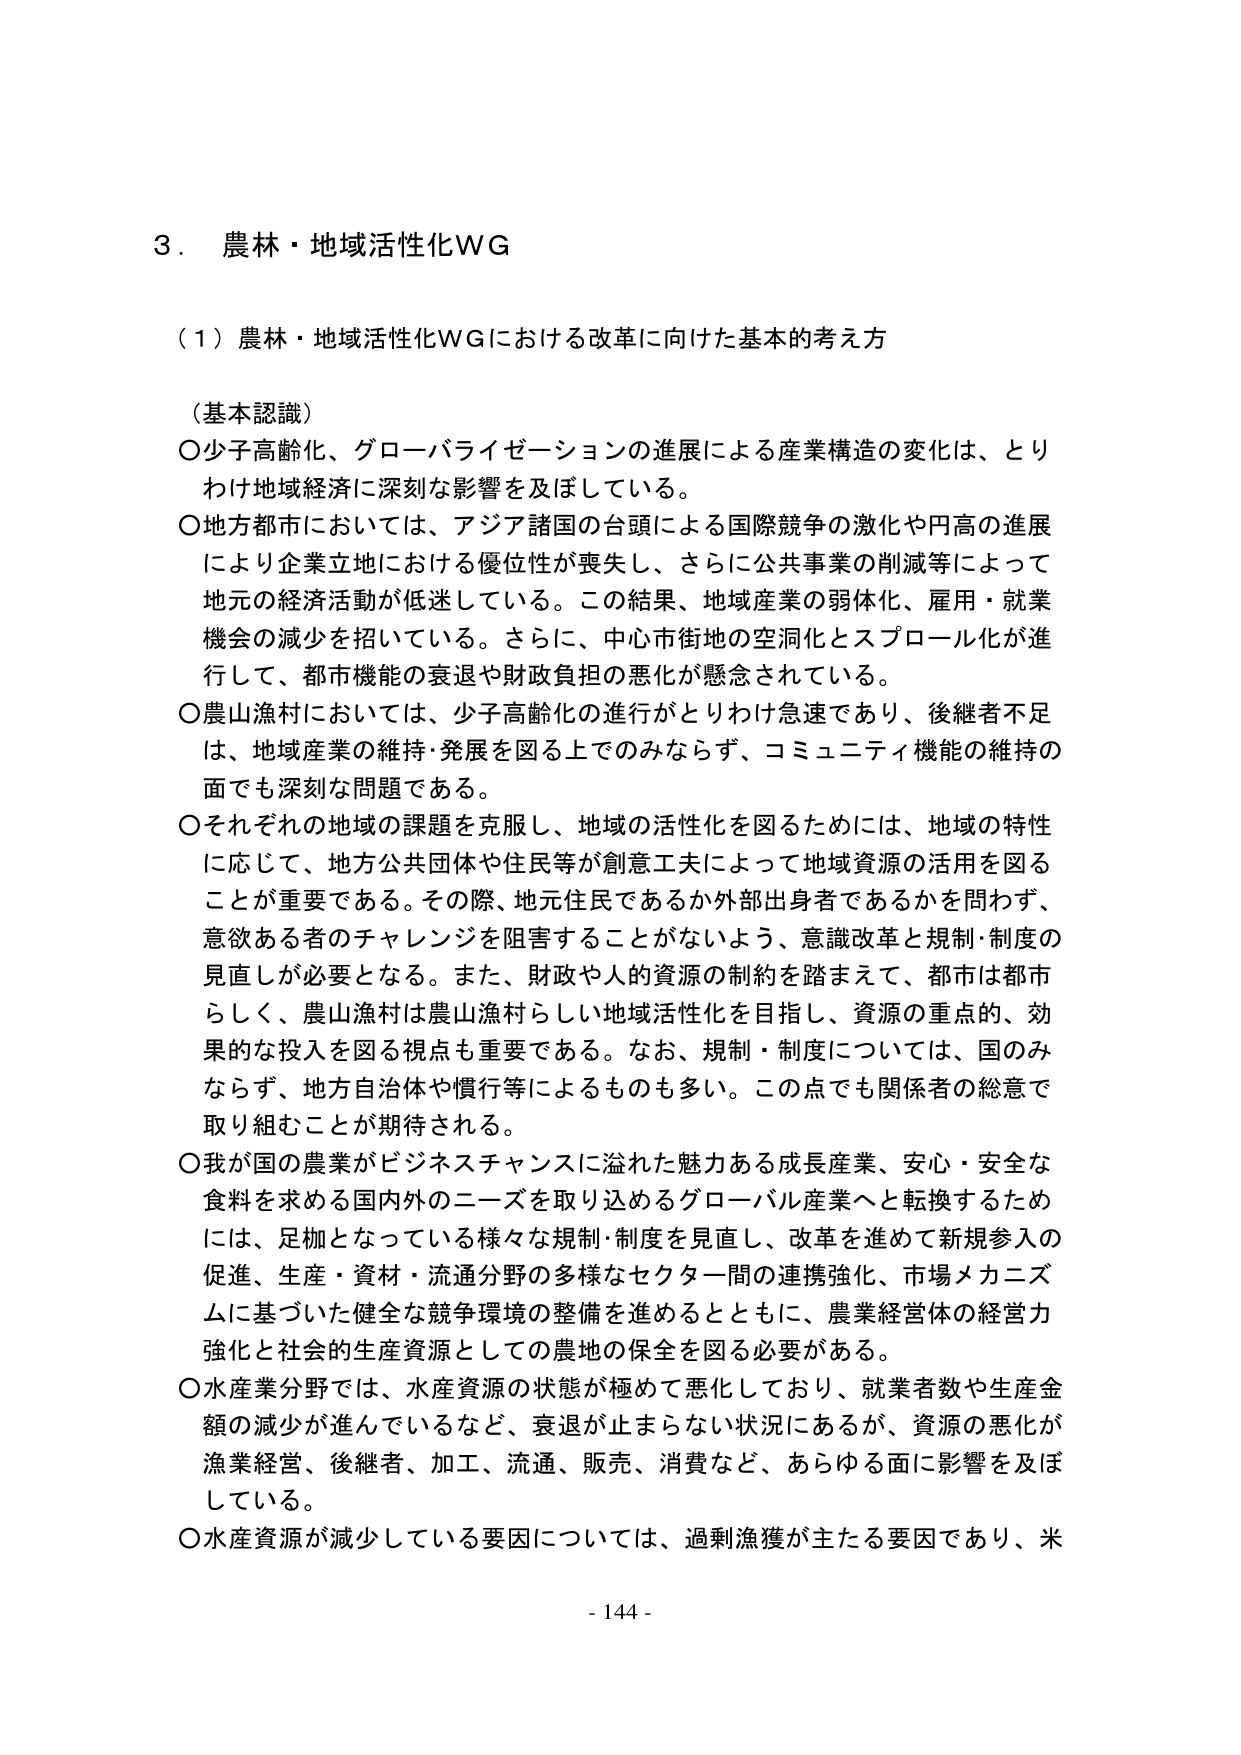
3．農林・地域活性化WG

（1）農林・地域活性化WGにおける改革に向けた基本的考え方

（基本認識）
○少子高齢化、グローバライゼーションの進展による産業構造の変化は、とりわけ地域経済に深刻な影響を及ぼしている。
○地方都市においては、アジア諸国の台頭による国際競争の激化や円高の進展により企業立地における優位性が喪失し、さらに公共事業の削減等によって地元の経済活動が低迷している。この結果、地域産業の弱体化、雇用・就業機会の減少を招いている。さらに、中心市街地の空洞化とスプロール化が進行して、都市機能の衰退や財政負担の悪化が懸念されている。
○農山漁村においては、少子高齢化の進行がとりわけ急速であり、後継者不足は、地域産業の維持・発展を図る上でのみならず、コミュニティ機能の維持の面でも深刻な問題である。
○それぞれの地域の課題を克服し、地域の活性化を図るためには、地域の特性に応じて、地方公共団体や住民等が創意工夫によって地域資源の活用を図ることが重要である。その際、地元住民であるか外部出身者であるかを問わず、意欲ある者のチャレンジを阻害することがないよう、意識改革と規制・制度の見直しが必要となる。また、財政や人的資源の制約を踏まえて、都市は都市らしく、農山漁村は農山漁村らしい地域活性化を目指し、資源の重点的、効果的な投入を図る視点も重要である。なお、規制・制度については、国のみならず、地方自治体や慣行等によるものも多い。この点でも関係者の総意で取り組むことが期待される。
○我が国の農業がビジネスチャンスに溢れた魅力ある成長産業、安心・安全な食料を求める国内外のニーズを取り込めるグローバル産業へと転換するためには、足枷となっている様々な規制・制度を見直し、改革を進めて新規参入の促進、生産・資材・流通分野の多様なセクター間の連携強化、市場メカニズムに基づいた健全な競争環境の整備を進めるとともに、農業経営体の経営力強化と社会的生産資源としての農地の保全を図る必要がある。
○水産業分野では、水産資源の状態が極めて悪化しており、就業者数や生産金額の減少が進んでいるなど、衰退が止まらない状況にあるが、資源の悪化が漁業経営、後継者、加工、流通、販売、消費など、あらゆる面に影響を及ぼしている。
○水産資源が減少している要因については、過剰漁獲が主たる要因であり、米

- 144 -